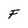
Character: F